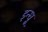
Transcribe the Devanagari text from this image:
इन्धू